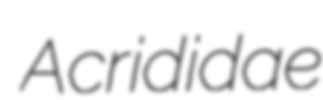
Acrididae